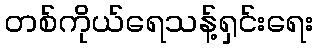
တစ်ကိုယ်ရေသန့်ရှင်းရေး